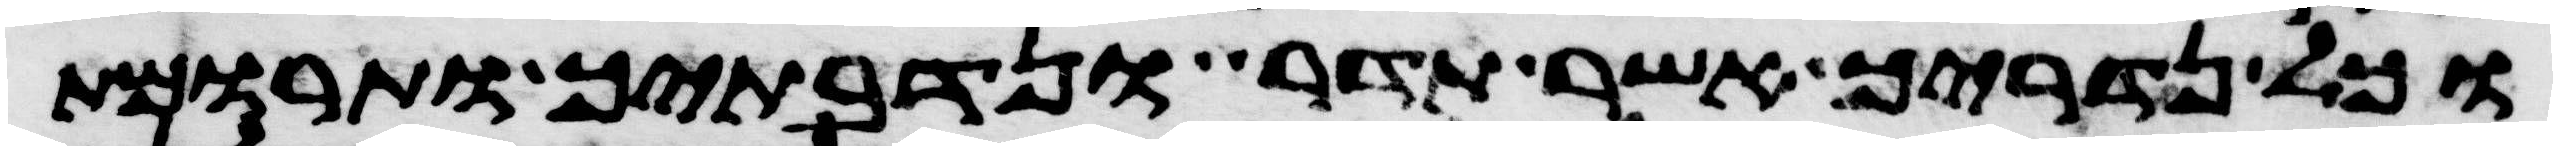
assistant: וכל נדריך אשר תדר ונדבתיך ותרומות